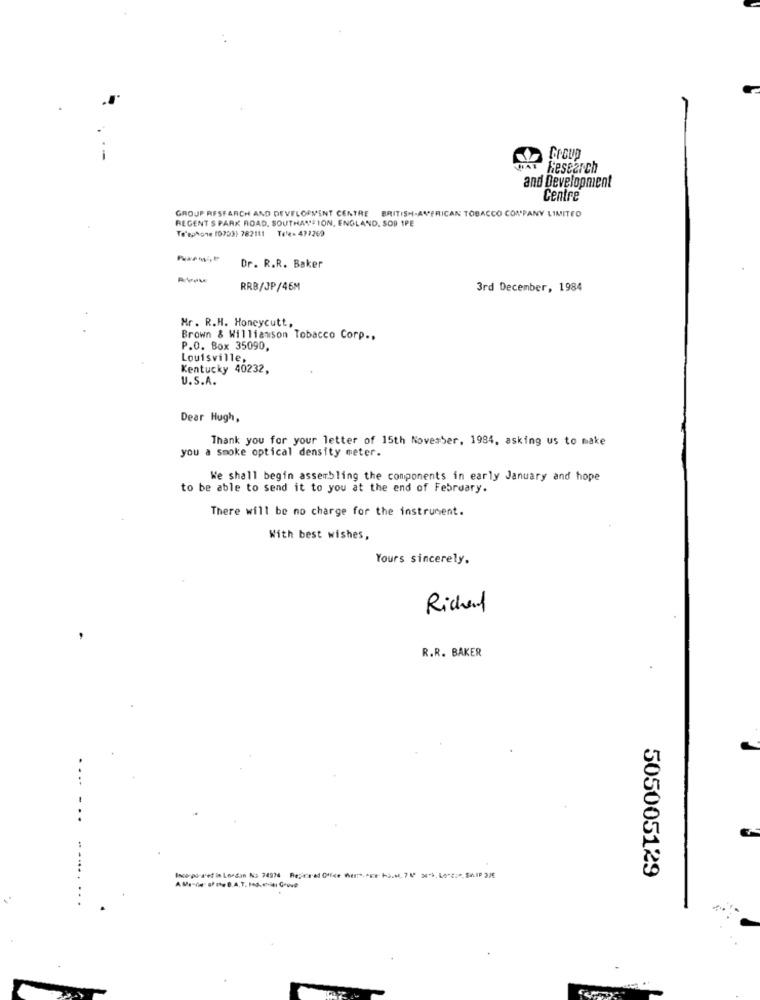
Group
Research
and Development
Centre
GROUP RESEARCH AND DEVELOPMENT CENTRE BRITISH-AMERICAN TOBACCO COMPANY LIMITED
REGENT S PARK ROAD, SOUTHACTION, ENGLAND. SO9 1PE
Te'ephone (0793) 782111 Tele: 472269
Dr. R.R. Baker
RRB/JP/46M
3rd December, 1984
Mr. R.H. Honeycutt,
Brown & Williamson Tobacco Corp .,
P.O. Box 35090,
Louisville,
Kentucky 40232,
U.S.A.
Dear Hugh,
Thank you for your letter of 15th November, 1984, asking us to make
you a smoke optical density meter.
We shall begin assembling the components in early January and hope
to be able to send it to you at the end of February.
There will be no charge for the instrument.
With best wishes,
Yours sincerely.
Richard
R.R. BAKER
505005129